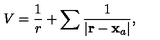
V = \frac { 1 } { r } + \sum { \frac { 1 } { | { \bf r } - \mathbf { x } _ { a } | } } ,